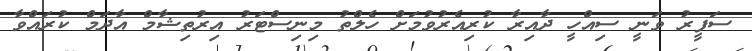
ސަފީރު ވަނީ ސިއްހީ ދާއިރާ ކުރިއެރުވުމަށް ހެލްތު މިނިސްޓަރު އިރުތިޝާމް އާދަމް ކުރައްވާ